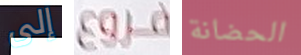
إلى فروع الحضانة